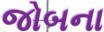
જોબના